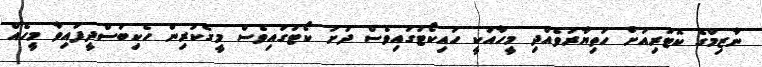
ނާޒިމްގެ ކޮޓަރިއަށް ހަތިޔާރުވެއްދި މީހާއަކީ ހައިކޯޓުގައިވެސް ދަށު ކޯޓުގައިވެސް މީގެކުރިން ހެކިބަސްދީފައިވާ މީީހެއް